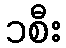
၁စီး